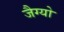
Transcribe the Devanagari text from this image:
जैग्यो